Vaccination in Bombay 1902-1912 - 1902-1912
Year: 1902
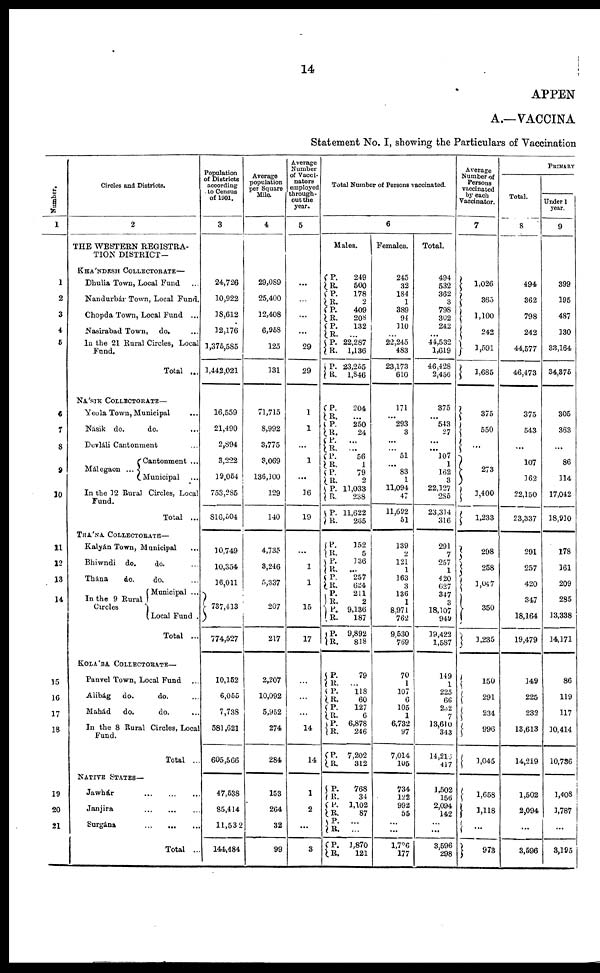
14
APPEN
A.—VACCINA
Statement No. I, showing the Particulars of Vaccination
Number.
1
1
2
3
4
6
6
7
8
9
10
11
12
13
14
15
16
17
18
19
20
21
Circles and Districts.
2
THE WESTERN REGISTRA-
TION DISTRICT—
KHÁNDESH COLLECTORATE—
Dhulia Town, Local Fund ...
Nandurbár Town, Local Fund.
Chopda Town, Local Fund ...
Nasirabad Town, do. ...
In the 21 Rural Circles, Local
Fund.
Total ...
NÁSIK COLLECTORATE—
Yeola Town, Municipal
...
Násik do.
do.
...
Devláli Cantonment ...
Málegaon ...
Cantonment ...
Municipal ...
In the 12 Rural Circles, Local
Fund.
Total ...
THÁNA COLLECTORATE—
Kalyán Town, Municipal ...
Bhiwndi do.
do. ...
Thána
do.
do. ...
In the 9 Rural
Circles
Municipal ...
Local Fund .
Total ...
KOLÁBA COLLECTORATE—
Panvel Town, Local Fund ...
Alibág
do.
do. ...
Mahád
do.
do.
In the 8 Rural Circles, Local
Fund.
Total ..
NATIVE STATES—
Jawhár
...
...
...
Janjira
...
...
...
Surgána
...
...
...
Total ... ... ...
Population
of Districts
according
to Census
of 1901.
3
24,726
10,922
18,612
12,176
1,375,585
1,442,021
16,559
21,490
2,894
3,222
19,064
753,285
816,504
10,749
10,354
16,011
737,413
774,527
10,152
6,055
7,738
581,621
605,566
47,538
85,414
11,532
144,484
Average
population
per Square
Mile.
4
29,089
25,400
12,408
6,958
125
31
71,715
8,992
3,775
3,069
136,100
129
140
4,735
3,246
5,337
207
217
2,207
10,092
5,952
274
284
153
264
32
99
Average
Number
of Vacci-
nators
employed
through-
out the
year.
5
...
...
...
...
29
29
1
1
...
1
...
16
19
...
1
1
15
17
...
...
...
14
14
1
2
...
3
Total Number of Persons vaccinated.
6
Males.
P.
R.
P.
R.
P.
R.
P.
R.
P.
R.
P.
R.
P.
R.
P.
R.
P. R.
P.
R.
P.
R.
P.
R.
P.
R.
P.
R.
P.
R.
P.
R. P.
R.
P.
R.
P.
R.
P.
R.
P.
R. P.
R. P.
R.
P.
R.
P.
R.
P.
R.
P. R.
P.
R.
249
500
178
2
409
208
132
...
2,287
1,136
23,255
1,846
204
...
250
24
...
... 56
1
79
2
11,033
238
11,622
265
152
5
136
...
257
624
211
2
9,136
187
9,892
818
79
... 118
60
127
6
6,878
246
7,202
312
768
34
1,102
87
...
...
1,870
121
Females.
245
32
184
1
389
94
110
...
22,245
483
23,173
610
171
... 293
3
...
...
51
...
83
1
11,094
47
11,692
51
139
2
121
1
163
3
136
1
8,971
762
9,530
769
70
1
107
6
105
1
6,732
97
7,014
105
734
122
992
55
...
...
1,726
177
Total.
494
532
362
3
798
302
242
...
44,532
1,619
46,428
2,456
375
... 543
27
...
... 107
1
162
3
22,127
285
23,314
316
291
7
257
1
420
627
347
3
18,107
949
19,422
1,587
149
1
225
66
232
7
13,610
343
14,213
417
1,502
156
2,094
142
...
...
3,596
298
Average
Number of
Persons
vaccinated
by each
Vaccinator.
7
1,026
365
1,100
242
1,591
1,685
375
550
...
273
1,400
1,233
298
258
1,047
350
1,235
150
291
234
996
1,045
1,658
1,118
...
973
PRIMARY
Total.
8
494
362
798
242
44,577
46,473
375
543
...
107
162
22,150
23,337
291
257
420
347
18,164
19,479
149
225
232
13,613
14,219
1,502
2,094
...
3,596
Under 1
year.
9
399
195
487
130
33,164
34,375
305
363
...
86
114
17,042
18,910
178
161
209
285
13,338
14,171
86
119
117
10,414
10,736
1,408
1,787
...
3,195